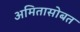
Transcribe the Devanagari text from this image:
अमितासोबत